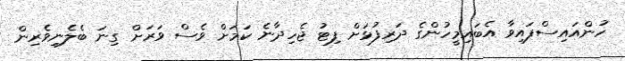
ހުންއައިސްފައިވާ އެބައިމީހުންގެ ދަރިފުޅަށް ފިޓު ޖެހިދާނެ ކަމަށް ވެސް ވަރަށް ގިނަ ބެލެނިވެރިން